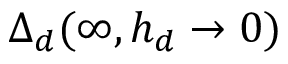
\Delta _ { d } ( \infty , h _ { d } \rightarrow 0 )